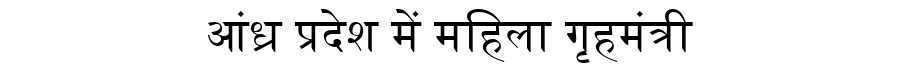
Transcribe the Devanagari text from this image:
आंध्र प्रदेश में महिला गृहमंत्री